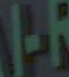
-